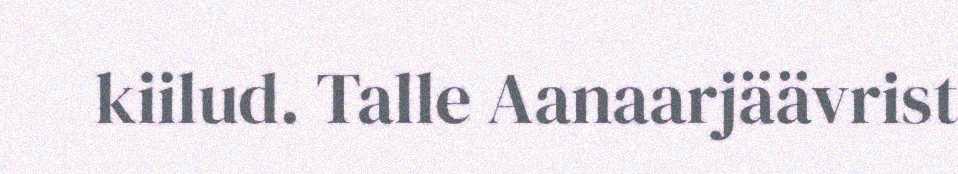
kiilud. Talle Aanaarjäävrist